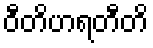
ဝီတိဟရတီတိ